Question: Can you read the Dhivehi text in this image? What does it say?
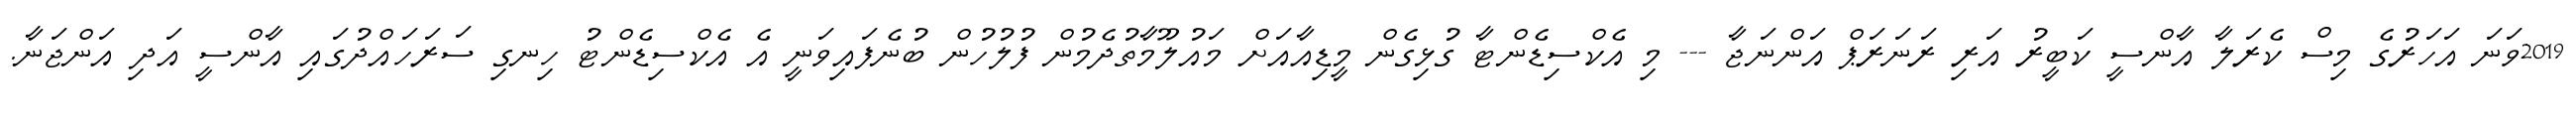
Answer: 2019ވަނަ އަހަރުގެ މިސް ކެރަލާ އާންސީ ކަބީރު އަރި ރަނަރަޕް އަންނަޖާ --- މި އެކްސިޑެންޓާ ގުޅިގެން މީޑިއާއަށް މައުލޫމާތުދެމުން ފުލުހުން ބުނެފައިވަނީ އެ އެކްސިޑެންޓު ހިނގި ސަރަހައްދުގައި އާންސީ އަދި އަންޖަނާ.